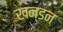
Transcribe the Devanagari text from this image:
खन्डन